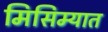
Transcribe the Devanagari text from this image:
मिसिम्यात